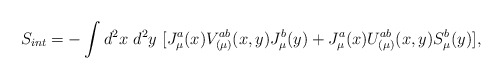
\begin{align*}S_{int} = - \int d^2x~d^2y~ [J^a_{\mu}(x) V^{ab}_{(\mu)}(x,y)J^b_{\mu}(y) + J^a_{\mu}(x) U^{ab}_{(\mu)}(x,y) S^b_{\mu}(y)],\end{align*}